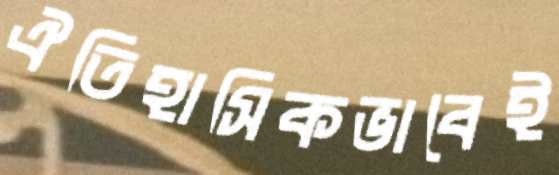
ঐতিহাসিকভাবেই